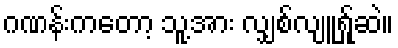
ဂဏန်းကတော့ သူ့အား လျှစ်လျူရ်ှုဆဲ။